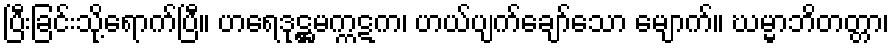
ပြီးခြင်းသို့ရောက်ပြီ။ ဟရေဒုဋ္ဌမက္ကဋက၊ ဟယ်ပျက်ချော်သော မျောက်။ ဃမ္မာဘိတတ္တာ၊